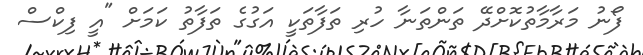
ފޯނު މަރާމާތުކޮށްދޭ ތަންތަނާ ހުރި ތަފާތަކީ އަގުގެ ތަފާތު ކަމަށް "އީ ފިކްސް